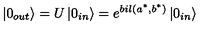
\left| 0 _ { o u t } \right\rangle = U \left| 0 _ { i n } \right\rangle = e ^ { b i l ( a ^ { * } , b ^ { * } ) } \left| 0 _ { i n } \right\rangle